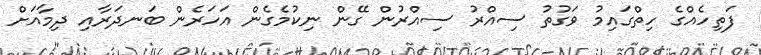
ފަތިހެއްގެ ހިތްގައިމު ވަގުތު ސިއްރު ސިއްރުން ގޭން ނިކުމެގެން އަހަރެން ބަނދަރާއި ދިމާއަށް